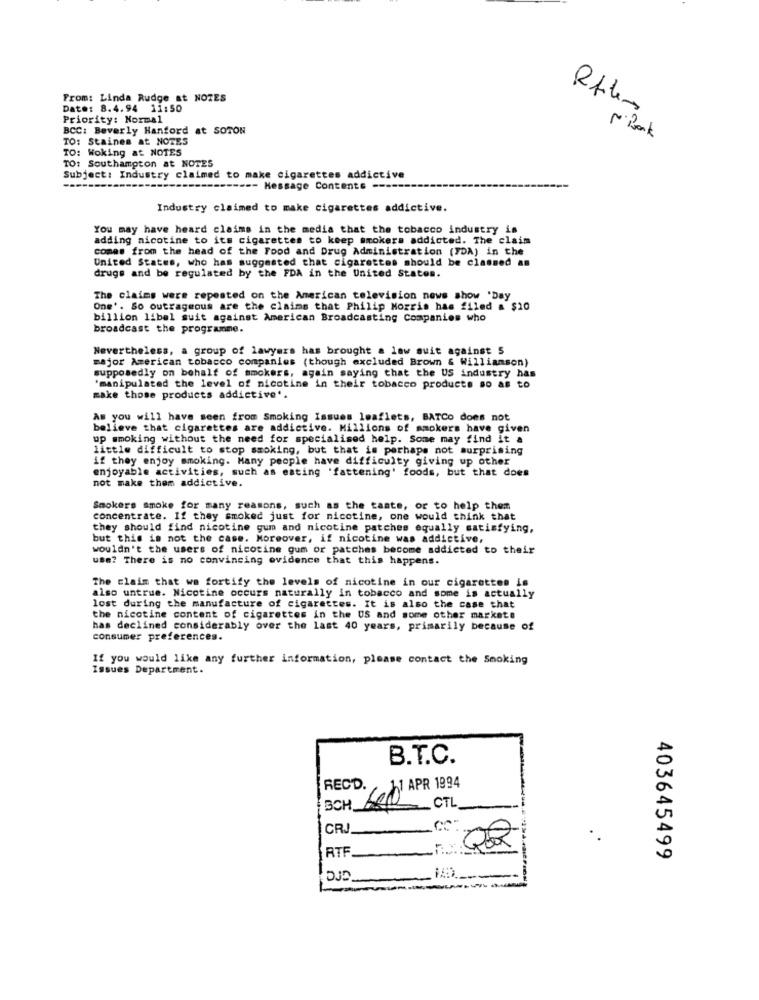
From: Linda Rudge at NOTES
Date: 8.4.94 11:50
Priority: Normal
BCC: Beverly Hanford at SOTON
TO: Staines at NOTES
Nº Bank
TO: Woking at NOTES
TO: Southampton at NOTES
Subject: Industry claimed to make cigarettes addictive
-- Message Contents --
Industry claimed to make cigarettes addictive.
You may have heard claims in the media that the tobacco industry is
adding nicotine to its cigarettes to keep smokers addicted. The claim
comes from the head of the Food and Drug Administration (FDA) in the
United States, who has suggested that cigarettes should be classed an
drugs and be regulated by the FDA in the United States.
The claims were repeated on the American television nowe show 'Day
One'. So outrageous are the claims that Philip Morris has filed & $10
billion libel suit against American Broadcasting Companies who
broadcast the programme.
Nevertheless, a group of lawyers has brought a law suit against 5
major American tobacco companies (though excluded Brown & Williamson)
supposedly on behalf of smokers, again saying that the US industry has
"manipulated the level of nicotine in their tobacco products so as to
make those products addictive'.
As you will have seen from Smoking Issues leaflets, BATCo does not
believe that cigarettes are addictive. Millions of smokers have given
up smoking without the need for specialised help. Some may find it a
little difficult to stop smoking, but that is perhaps not surprising
if they enjoy smoking. Many people have difficulty giving up other
enjoyable activities, such as eating 'fattening' foods, but that does
not make them addictive.
Smokers smoke for many reasons, such as the taste, or to help them
concentrate. If they smoked just for nicotine, one would think that
they should find nicotine gum and nicotine patches equally satisfying,
but this is not the case. Moreover, if nicotine was addictive,
wouldn't the users of nicotine gum or patches become addicted to their
use? There is no convincing evidence that this happens.
The claim that wa fortify the levels of nicotine in our cigarettes is
also untrue. Nicotine occurs naturally in tobacco and some is actually
lost during the manufacture of cigarettes. It is also the case that
the nicotine content of cigarettes in the US and some other markets
has declined considerably over the last 40 years, primarily because of
consumer preferences.
If you would like any further information, please contact the Smoking
Issues Department.
B.T.C.
RECD.
BCH 600 APR 1994
CTL
CRJ
.CO
RTF
403645499
DJD